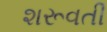
શરૂવતી